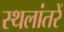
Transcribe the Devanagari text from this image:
स्थलांतरें